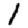
Digit: 1